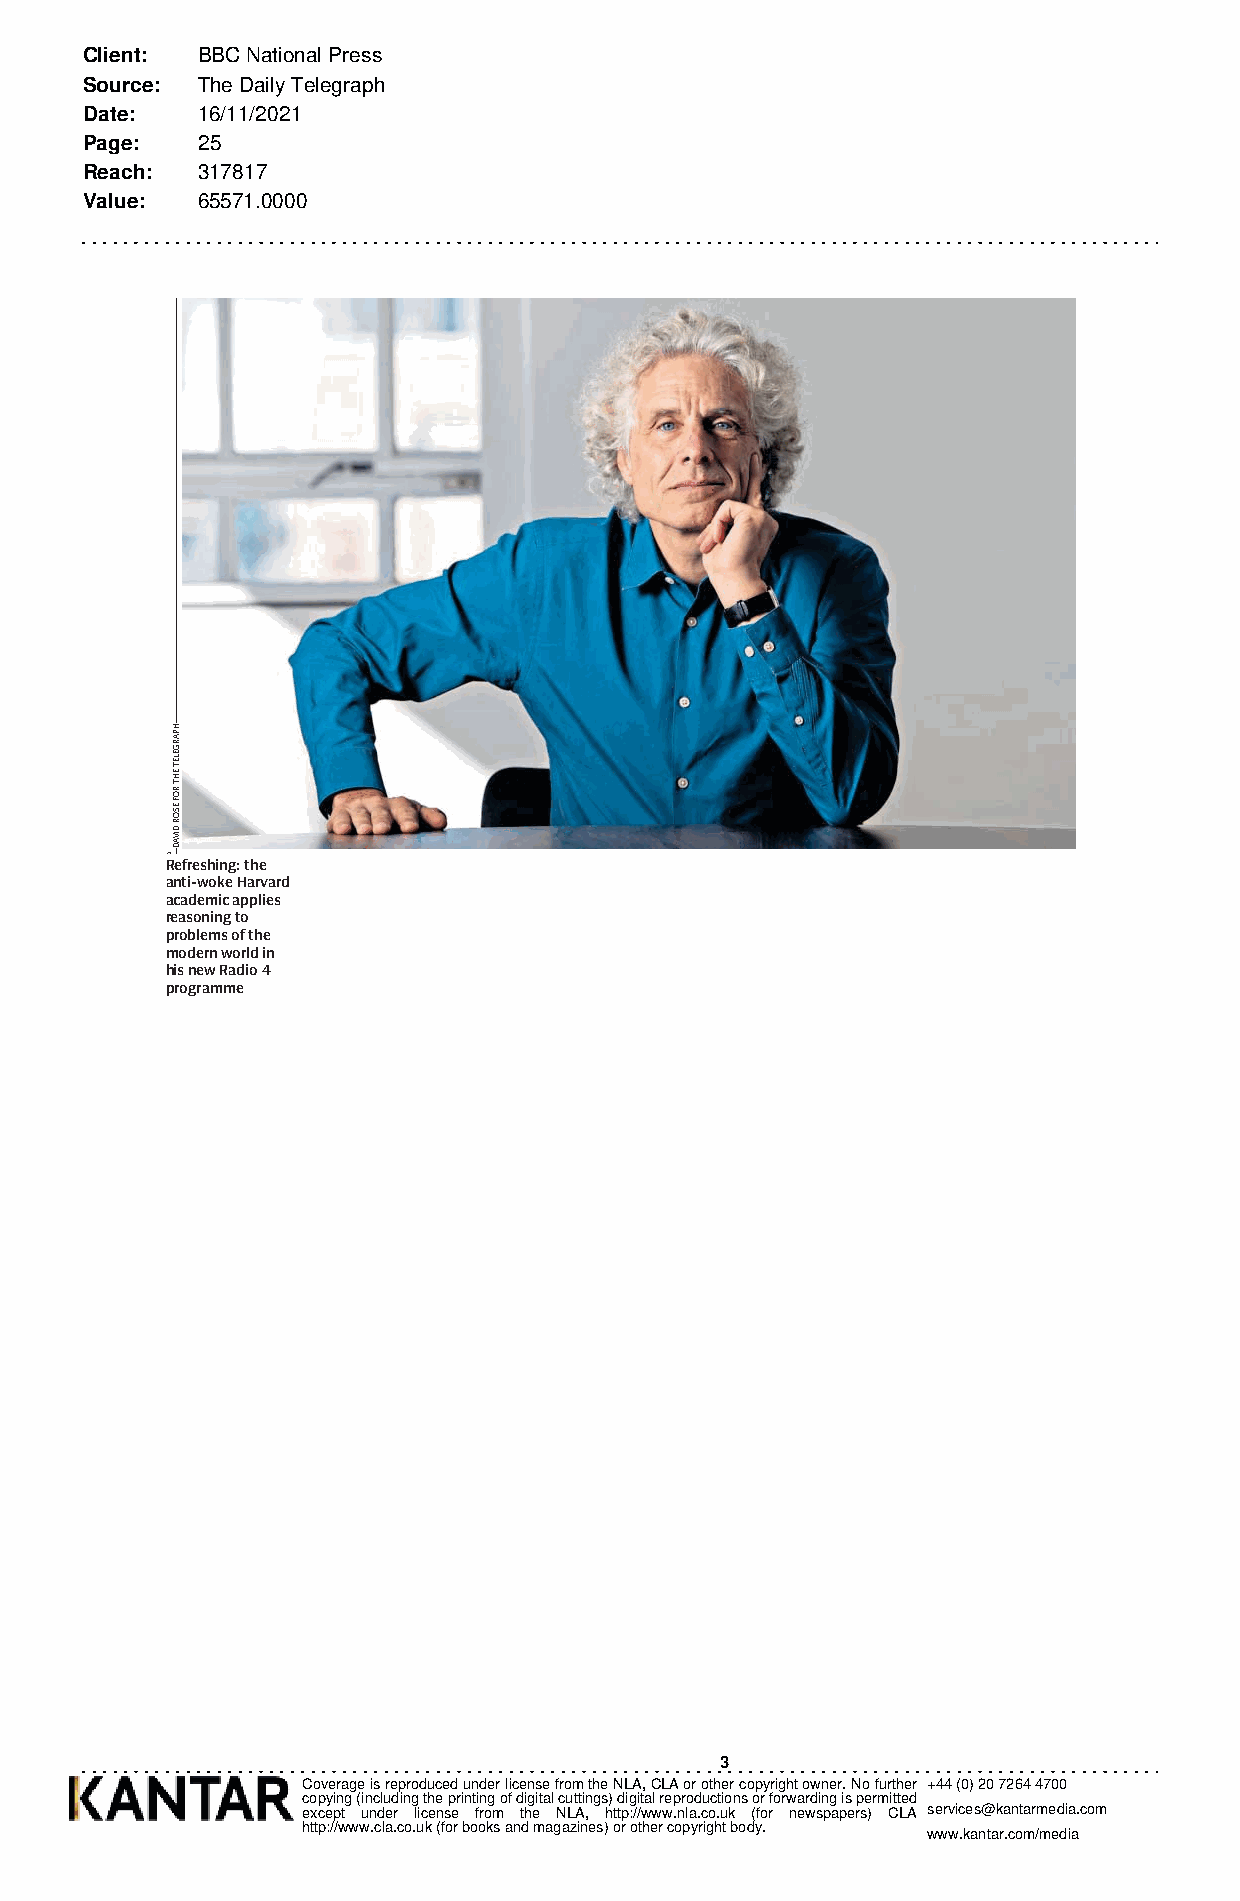
Client: BBC National Press
 Source: The Daily Telegraph
 Date:  16/11/2021
 Page:  25
 Reach: 317817
 Value: 65571.0000
 f
 Refreshing: the
 anti-woke Harvard
 academic applies
 reasoning to
 problems of the
 modern world in
 his new Radio 4
 programme
 3
 Coverage is reproduced under license from the NLA, CLA or other copyright owner. No further +44 (0) 20 7264 4700
 copying (including the printing of digital cuttings) digital reproductions or forwarding is permitted
 except under license from the NLA, http://www.nla.co.uk (for newspapers) CLA services@kantarmedia.com
 http://www.cla.co.uk (for books and magazines) or other copyright body. www.kantar.com/media
 HPARGELET
 EHT
 ROF
 ESOR
 DIVAD